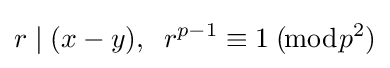
r\mid (x-y),\;\;r^{p-1}\equiv 1\;(\!{\bmod {p^{2}}})